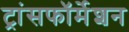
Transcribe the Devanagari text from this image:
ट्रांसफॉर्मेशन